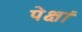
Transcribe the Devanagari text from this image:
पेक्षां